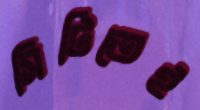
সিটিতেই